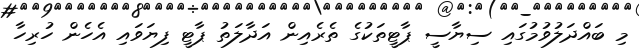
މި ބައްދަލުވުމުގައި ސިޔާސީ ޕާޓީތަކުގެ ތެރެއިން އަދާލަތު ޕާޓީ ފިޔަވައި އެހެން ހުރިހާ